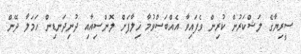
ސީރިޔާގެ ލަޝްކަރުން ކުރިން ވެފައިވާ އެއްބަސްވުމާ ޚިލާފަށް ލޮންސިއާއި ދުނިދަނޑިން ހަމަލާ ދޭން